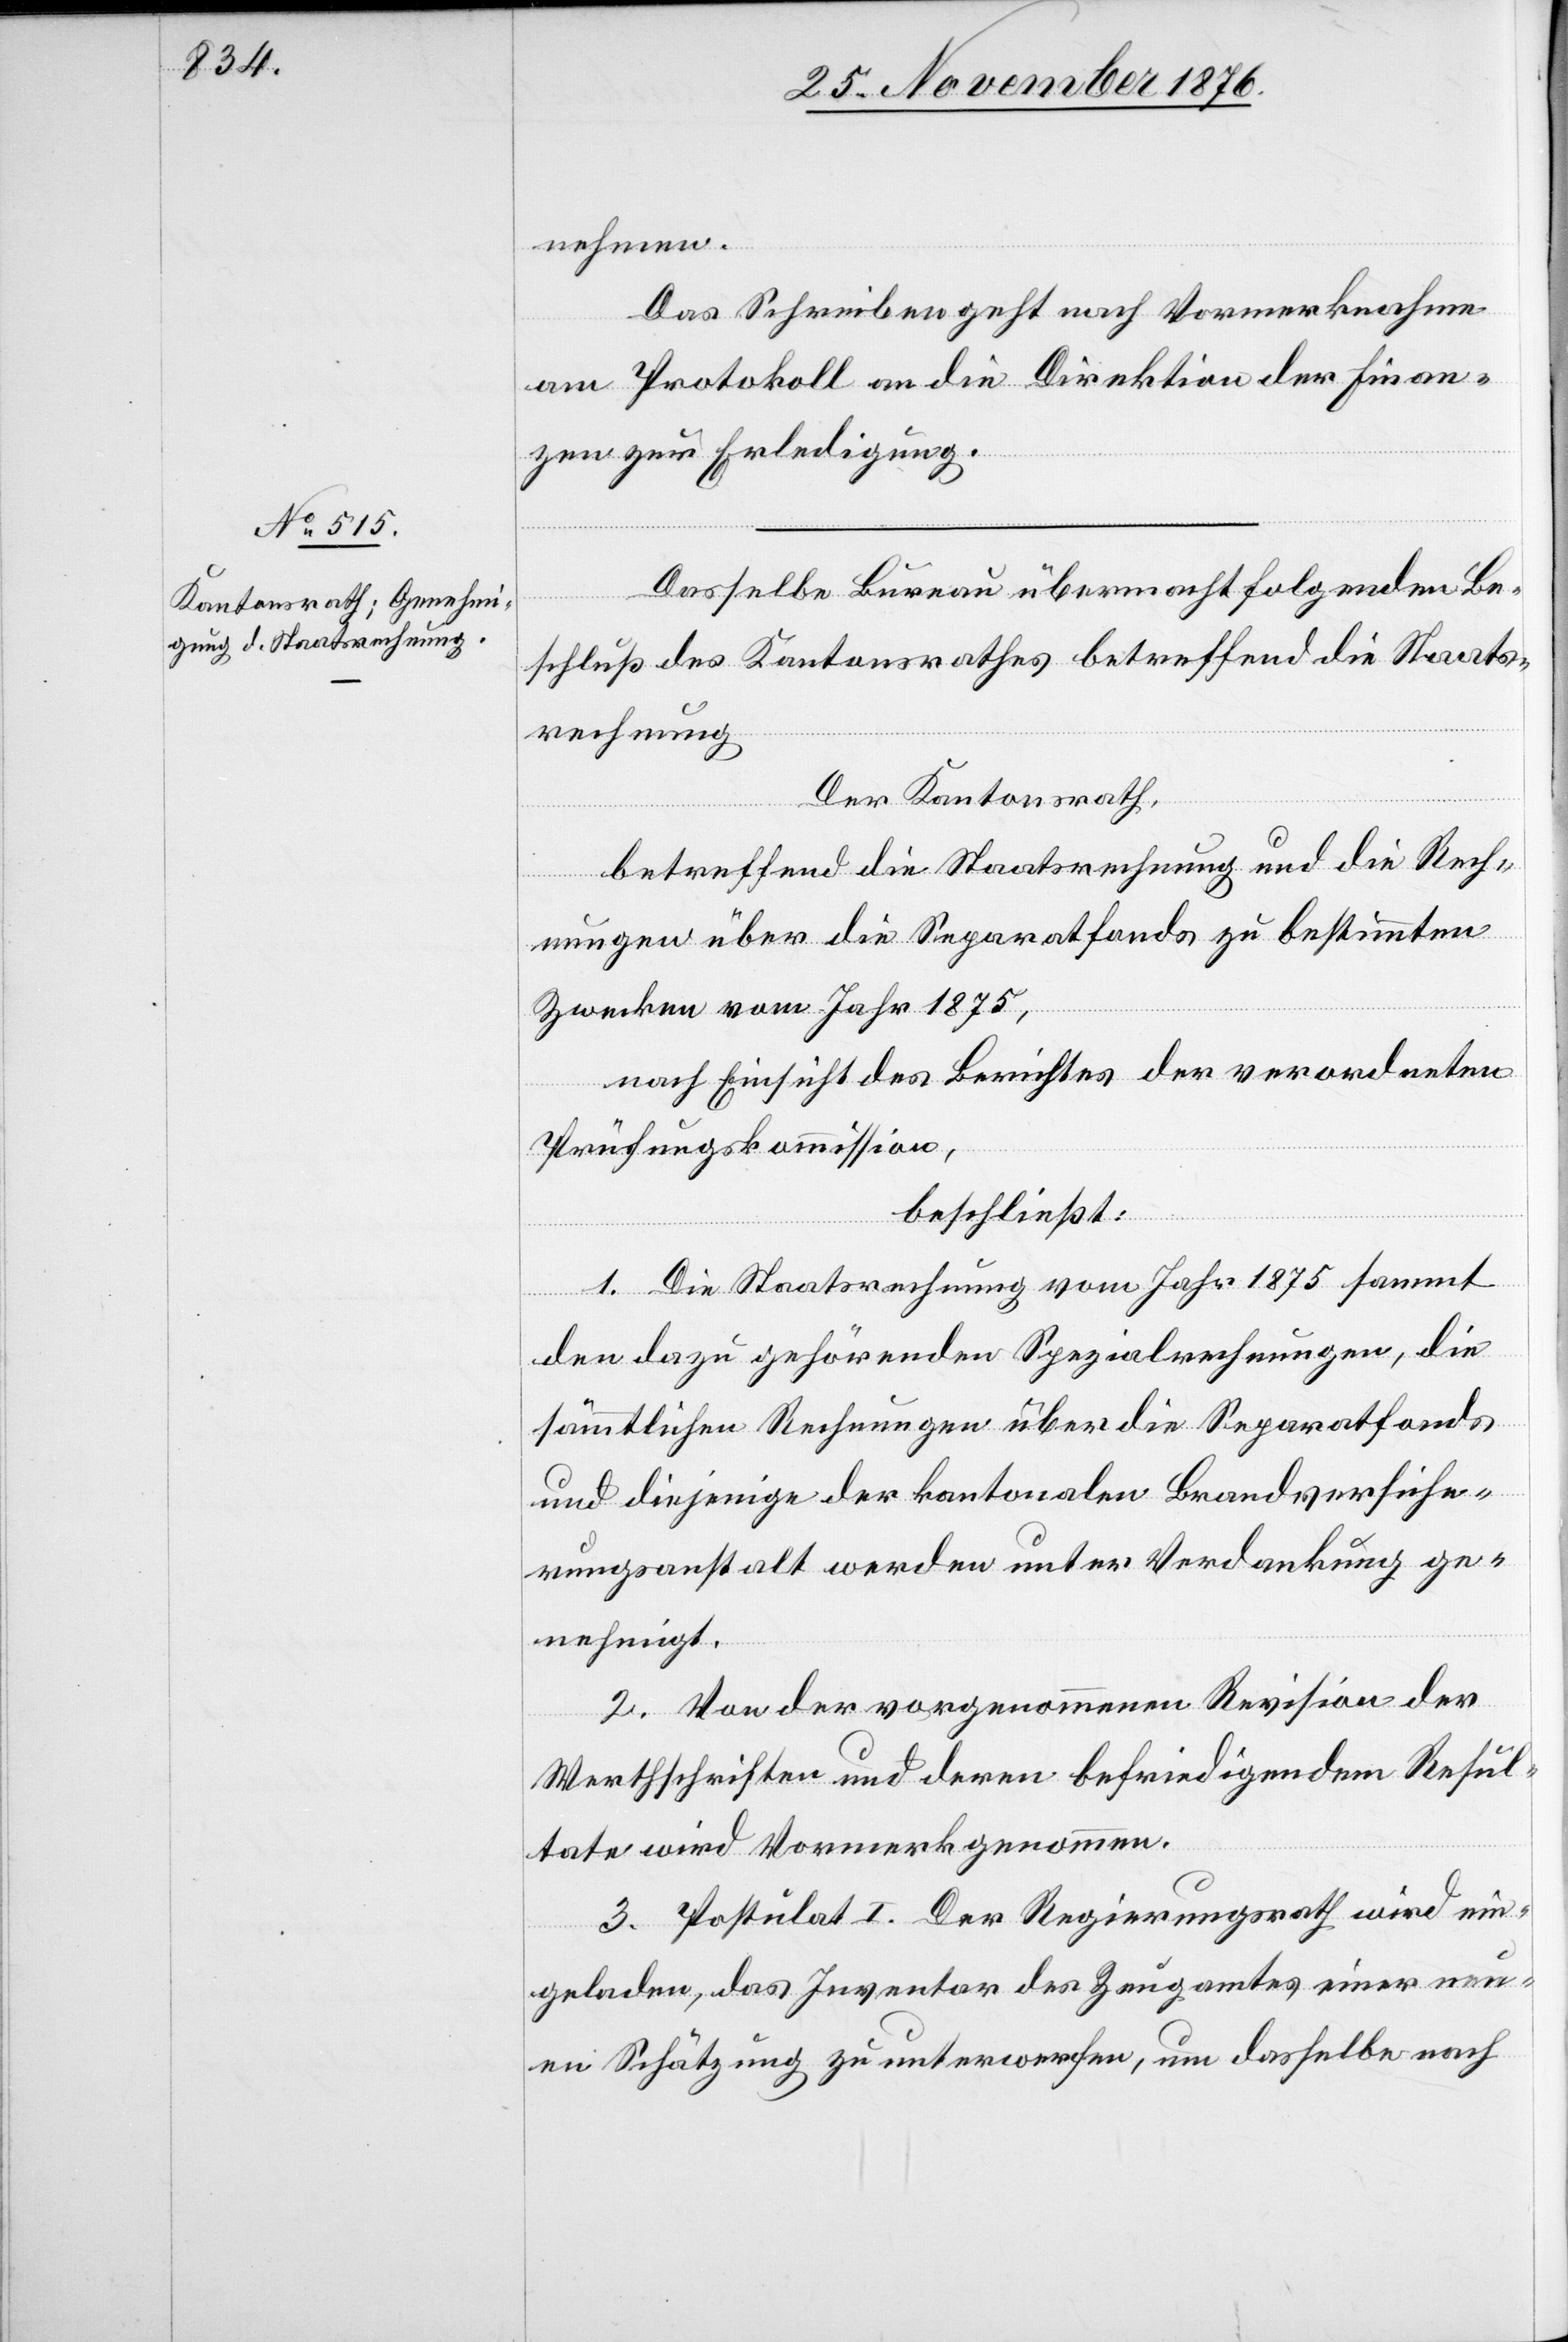
nehmen.
Das Schreiben geht nach Vormerknahme
am Protokoll an die Direktion der Finan¬
zen zur Erledigung.
Dasselbe Bureau übermacht folgenden Be¬
schluß des Kantonsrathes betreffend die Staats¬
rechnung.
Der Kantonsrath,
betreffend die Staatsrechnung und die Rech¬
nungen über die Separatfonds zu bestimmten
Zwecken vom Jahr 1875,
nach Einsicht eines Berichtes der verordneten
Prüfungskommission,
beschließt:
1. Die Staatsrechnung vom Jahr 1875 sammt
den dazu gehörenden Spezialrechnungen, die
sämmtlichen Rechnungen über die Separatfonds
und diejenige der kantonalen Brandversiche¬
rungsanstalt werden unter Verdankung ge¬
nehmigt.
2. Von der vorgenommenen Revision der
Werthschriften und deren befriedigendem Resul¬
tate wird Vormerk genommen.
3. Postulat I. Der Regierungsrath wird ein¬
geladen, das Inventar des Zeugamtes einer neu¬
en Schätzung zu unterwerfen, um dasselbe nach